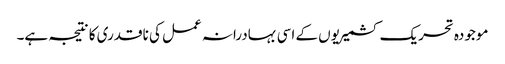
موجودہ تحریک کشمیریوں کے اسی بہادرانہ عمل کی ناقدری کا نتیجہ ہے۔